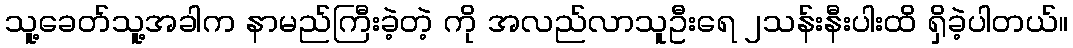
သူ့ခေတ်သူ့အခါက နာမည်ကြီးခဲ့တဲ့ ကို အလည်လာသူဦးရေ ၂သန်းနီးပါးထိ ရှိခဲ့ပါတယ်။